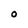
Character: O